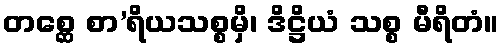
တစ္ဆေ စာ’ရိယသစ္စမှိ၊ ဒိဋ္ဌိယံ သစ္စ မီရိတံ။